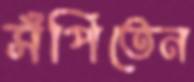
সঁপিতেন